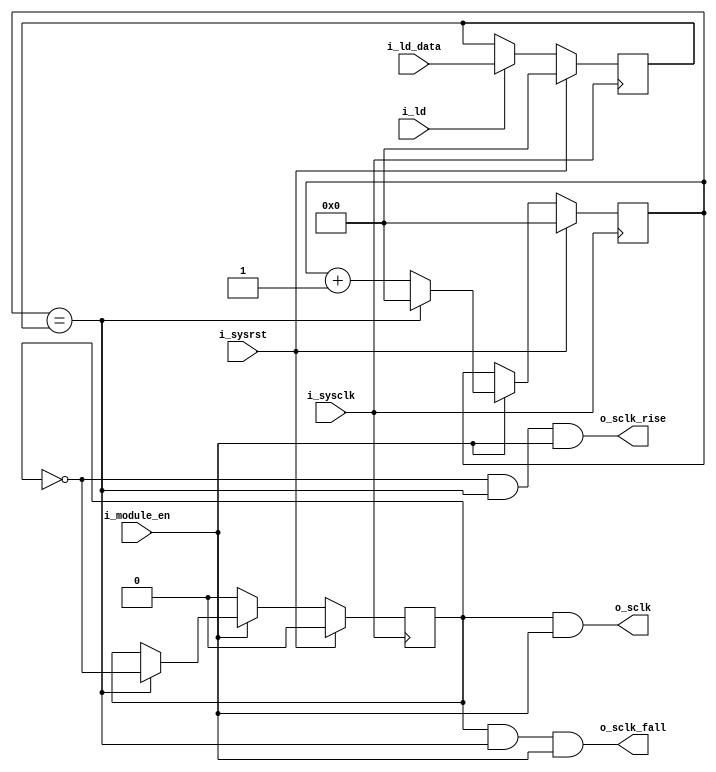
`timescale 1ns / 1ps
//////////////////////////////////////////////////////////////////////////////////
// Company: 
// 
// Design Name: 	16-bit counter
// Module Name:     prescaler 
// Project Name: 	16-bit counter
// Target Devices: 
// Tool versions: 
// Description: 
//
// Dependencies: 
//
// Revision: 
// Revision 0.01 - File Created
// Additional Comments: 
//
//////////////////////////////////////////////////////////////////////////////////
module prescaler(
	input 			i_sysclk, 		// System clock
	input 			i_sysrst, 		// System reset
	input 			i_module_en, 	// Module enable
	input			i_ld, 			// Load divider value
	input 	[7:0] 	i_ld_data, 		// Divider value
	output 			o_sclk, 		// Sck output
	output 			o_sclk_rise, 	// Sck rising edge
	output 			o_sclk_fall 	// Sck falling edge
);
//---------------------------------------------
// Divider value load
//---------------------------------------------
reg [7:0] r_div_value;
always @(posedge i_sysclk) 
begin
	if (i_sysrst) begin
		r_div_value <= 8'b0;
	end
	else if (i_ld) begin
		r_div_value <= i_ld_data;
	end
end
//---------------------------------------------


//---------------------------------------------
// Counter
//---------------------------------------------
reg [7:0] r_cntr;
always @ (posedge i_sysclk)
begin
	if (i_sysrst)
		r_cntr <= 8'b0;
	else if(i_module_en) begin
		if(r_cntr == r_div_value)		
			r_cntr <= 8'b0;
		else	
			r_cntr <= r_cntr + 1'b1;
	end
end
//---------------------------------------------


//---------------------------------------------
// Sck register
//---------------------------------------------
reg r_sclk;
always @ (posedge i_sysclk)
begin
	if (i_sysrst)
		r_sclk <= 1'b0;
	else if(~i_module_en)
		r_sclk <= 1'b0;
	else if(r_cntr == r_div_value)
		r_sclk <= ~r_sclk;
end
//---------------------------------------------


//---------------------------------------------
// Output signal generation		
//---------------------------------------------
assign o_sclk 	   = ( r_sclk  &   i_module_en);  				
assign o_sclk_rise = (~r_sclk) & (r_cntr == r_div_value) & (i_module_en);
assign o_sclk_fall = ( r_sclk) & (r_cntr == r_div_value) & (i_module_en);
//---------------------------------------------
endmodule